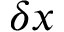
\delta x